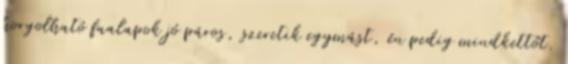
horgolható faalapok jó páros, szeretik egymást, én pedig mindkettőt.